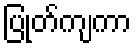
ပြုတ်ကျကာ